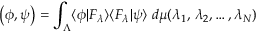
\left( \phi , \psi \right) = \int _ { \Lambda } \langle \phi | F _ { \lambda } \rangle \langle F _ { \lambda } | \psi \rangle \; d \mu ( \lambda _ { 1 } , \, \lambda _ { 2 } , \dots , \lambda _ { N } )